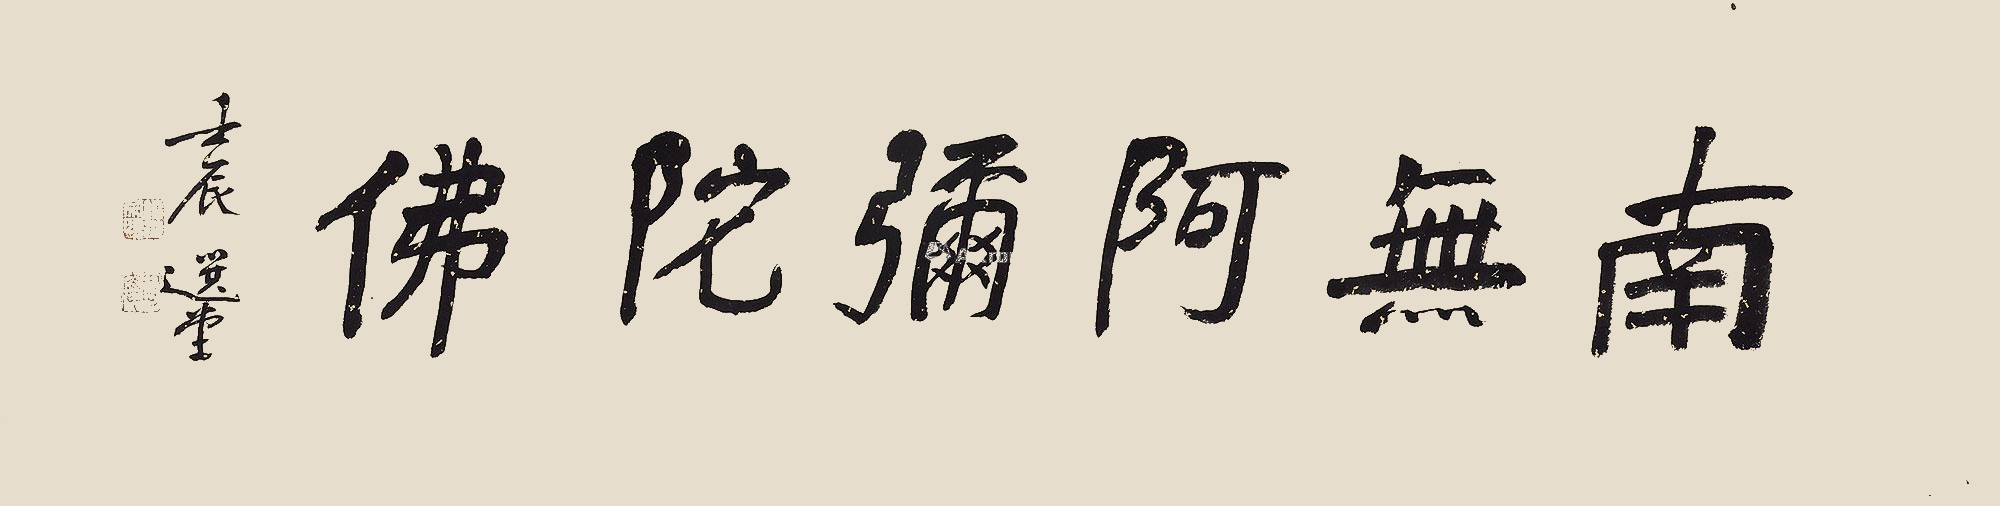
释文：南无阿弥陀佛壬辰，选堂。